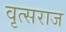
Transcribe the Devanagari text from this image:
वृत्सराज